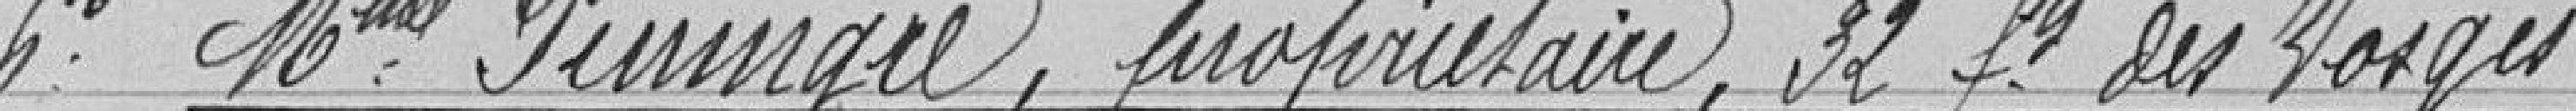
6° Madame Pininger, propriétaire, 32 faubourg des Vosges